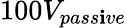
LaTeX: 100V_{pass\mathbf{i}ve}